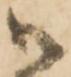
御